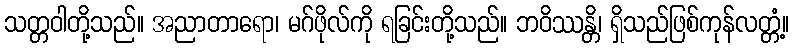
သတ္တဝါတို့သည်။ အညာတာရော၊ မဂ်ဖိုလ်ကို ရခြင်းတို့သည်။ ဘဝိဿန္တိ၊ ရှိသည်ဖြစ်ကုန်လတ္တံ့။